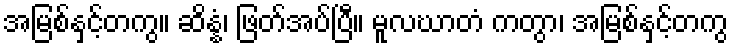
အမြစ်နှင့်တကွ။ ဆိန္နံ၊ ဖြတ်အပ်ပြီ။ မူလဃာတံ ကတွာ၊ အမြစ်နှင့်တကွ